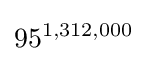
95^{1,312,000}